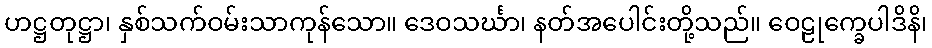
ဟဋ္ဌတုဋ္ဌာ၊ နှစ်သက်ဝမ်းသာကုန်သော။ ဒေဝသင်္ဃာ၊ နတ်အပေါင်းတို့သည်။ ဝေဠုက္ခေပါဒိနိ၊